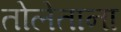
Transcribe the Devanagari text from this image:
तोलेताना